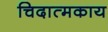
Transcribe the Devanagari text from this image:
चिदात्मकाय